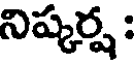
నిష్కర్ష :